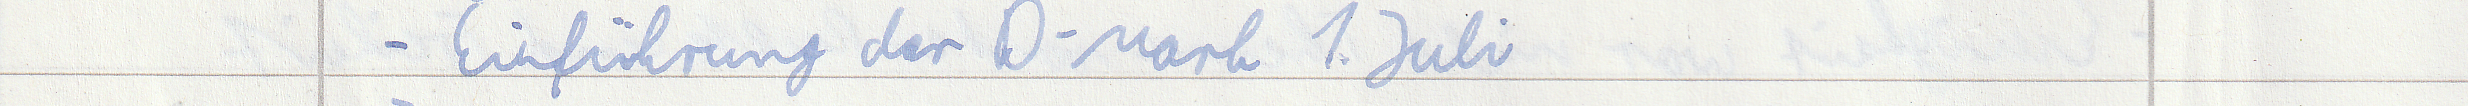
- Einführung der D-Mark 1. Juli